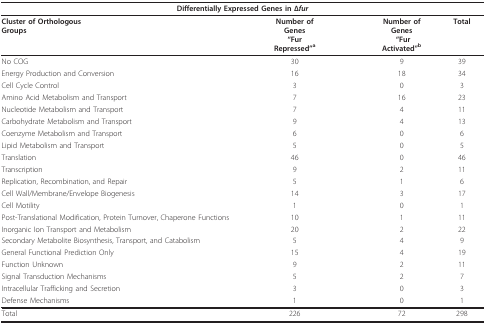
<table><thead><tr><td colspan="5"><b>Differentially Expressed Genes in Δ<i>fur</i></b></td></tr></thead><tbody><tr><td><b>Cluster of Orthologous</b><b>Groups</b></td><td><b>Number of</b><b>Genes</b><b>&quot;Fur</b><b>Repressed&quot;<sup>a</sup></b></td><td></td><td><b>Number of</b><b>Genes</b><b> &quot;Fur</b><b>Activated&quot;<sup>b</sup></b></td><td><b>Total</b></td></tr><tr><td>No COG</td><td>30</td><td></td><td>9</td><td>39</td></tr><tr><td>Energy Production and Conversion</td><td>16</td><td></td><td>18</td><td>34</td></tr><tr><td>Cell Cycle Control</td><td>3</td><td></td><td>0</td><td>3</td></tr><tr><td>Amino Acid Metabolism and Transport</td><td>7</td><td></td><td>16</td><td>23</td></tr><tr><td>Nucleotide Metabolism and Transport</td><td>7</td><td></td><td>4</td><td>11</td></tr><tr><td>Carbohydrate Metabolism and Transport</td><td>9</td><td></td><td>4</td><td>13</td></tr><tr><td>Coenzyme Metabolism and Transport</td><td>6</td><td></td><td>0</td><td>6</td></tr><tr><td>Lipid Metabolism and Transport</td><td>5</td><td></td><td>0</td><td>5</td></tr><tr><td>Translation</td><td>46</td><td></td><td>0</td><td>46</td></tr><tr><td>Transcription</td><td>9</td><td></td><td>2</td><td>11</td></tr><tr><td>Replication, Recombination, and Repair</td><td>5</td><td></td><td>1</td><td>6</td></tr><tr><td>Cell Wall/Membrane/Envelope Biogenesis</td><td>14</td><td></td><td>3</td><td>17</td></tr><tr><td>Cell Motility</td><td>1</td><td></td><td>0</td><td>1</td></tr><tr><td>Post-Translational Modification, Protein Turnover, Chaperone Functions</td><td>10</td><td></td><td>1</td><td>11</td></tr><tr><td>Inorganic Ion Transport and Metabolism</td><td>20</td><td></td><td>2</td><td>22</td></tr><tr><td>Secondary Metabolite Biosynthesis, Transport, and Catabolism</td><td>5</td><td></td><td>4</td><td>9</td></tr><tr><td>General Functional Prediction Only</td><td>15</td><td></td><td>4</td><td>19</td></tr><tr><td>Function Unknown</td><td>9</td><td></td><td>2</td><td>11</td></tr><tr><td>Signal Transduction Mechanisms</td><td>5</td><td></td><td>2</td><td>7</td></tr><tr><td>Intracellular Trafficking and Secretion</td><td>3</td><td></td><td>0</td><td>3</td></tr><tr><td>Defense Mechanisms</td><td>1</td><td></td><td>0</td><td>1</td></tr><tr><td>Total</td><td>226</td><td></td><td>72</td><td>298</td></tr></tbody></table>